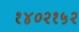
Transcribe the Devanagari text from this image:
१४०२१५२